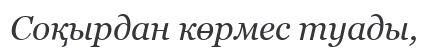
Соқырдан көрмес туады,